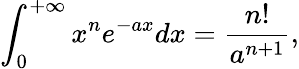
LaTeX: \int_{0}^{+\infty}x^{n}e^{-ax}dx=\frac{n!}{a^{n+1}},